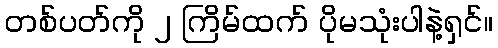
တစ်ပတ်ကို ၂ ကြိမ်ထက် ပိုမသုံးပါနဲ့ရှင်။